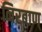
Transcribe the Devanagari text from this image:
निरबाण्